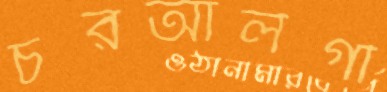
চরআলগী